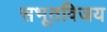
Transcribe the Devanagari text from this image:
सभूतविजय